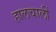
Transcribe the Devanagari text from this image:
हालचालीं